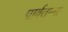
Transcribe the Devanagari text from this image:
पार्वतम्मा